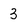
Character: 3